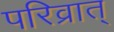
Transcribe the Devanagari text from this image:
परिव्रात्